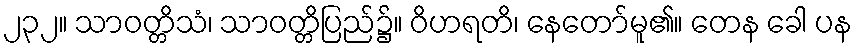
၂၃၂။ သာဝတ္တိသံ၊ သာဝတ္တိပြည်၌။ ဝိဟရတိ၊ နေတော်မူ၏။ တေန ခေါ ပန